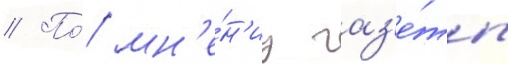
// По́ мн'е́н'иу газ'е́ты